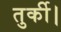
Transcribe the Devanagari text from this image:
तुर्की।